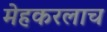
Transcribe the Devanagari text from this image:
मेहकरलाच